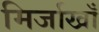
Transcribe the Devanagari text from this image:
मिर्जाखाँ